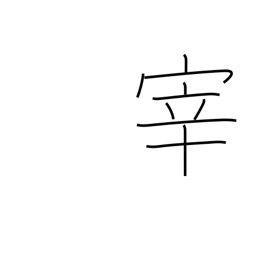
Meaning: manager